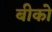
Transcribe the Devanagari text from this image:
बीको